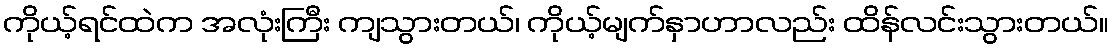
ကိုယ့်ရင်ထဲက အလုံးကြီး ကျသွားတယ်၊ ကိုယ့်မျက်နှာဟာလည်း ထိန်လင်းသွားတယ်။